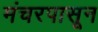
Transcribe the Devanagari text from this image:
मंचरपासून